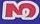
3